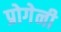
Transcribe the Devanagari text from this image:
प्रोगेनी